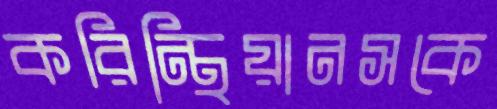
করিন্থিয়ানসকে